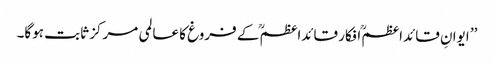
’’ ایوانِ قائداعظمؒ افکار قائداعظمؒ کے فروغ کا عالمی مرکز ثابت ہوگا۔